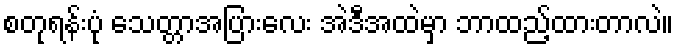
စတုရန်းပုံ သေတ္တာအပြားလေး အဲဒီအထဲမှာ ဘာထည့်ထားတာလဲ။